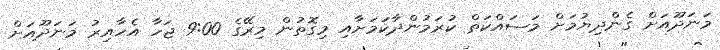
މަނަދޫއަށް ގެންދިޔުމަށް މަސައްކަތް ކުރަމުންދާކަމަށާއި މިގޮތުން މިރޭގެ 9:00 ޖަހާ އެހާއިރު މަނަދޫއަށް